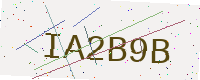
Text: IA2B9B